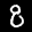
Label: 8